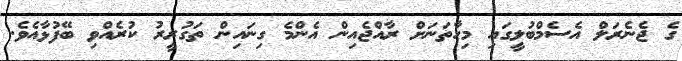
ގެ ޖެނެރަލް އެސެމްބުލީގައި މިހާތަނަށް ރާއްޖެއިން އެންމެ ގިނައިން ތަގުރީރު ކުރެއްވި ބޭފުޅާއެވެ.